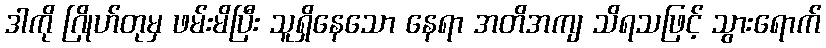
ဒါကို ဂြိုဟ်တုမှ ဖမ်းမိပြီး သူရှိနေသော နေရာ အတိအကျ သိရသဖြင့် သွားရောက်